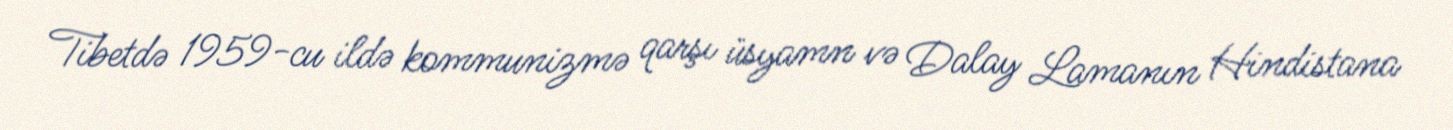
Tibetdə 1959-cu ildə kommunizmə qarşı üsyamn və Dalay Lamanın Hindistana